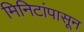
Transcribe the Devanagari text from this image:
मिनिटांपासून